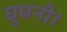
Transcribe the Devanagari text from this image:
घुघनी।